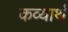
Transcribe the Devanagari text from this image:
कव्यार्थ